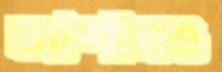
আশায়ও